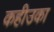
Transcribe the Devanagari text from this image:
कहीउका